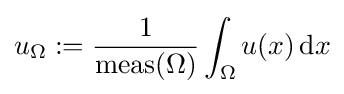
u_{\Omega }:={\frac {1}{\operatorname {meas} (\Omega )}}\int _{\Omega }u(x)\,\mathrm {d} x